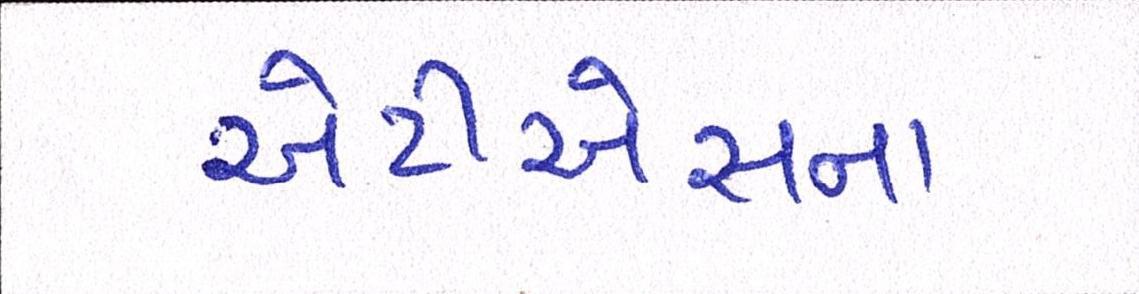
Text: એટીએસના